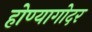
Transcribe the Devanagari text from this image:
होण्यागोदर